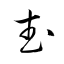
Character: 武